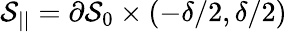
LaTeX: \mathcal{S}_{||}=\partial\mathcal{S}_{0}\times\left(-\delta/2,\delta/2\right)